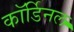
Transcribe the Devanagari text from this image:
कॉर्डिनल